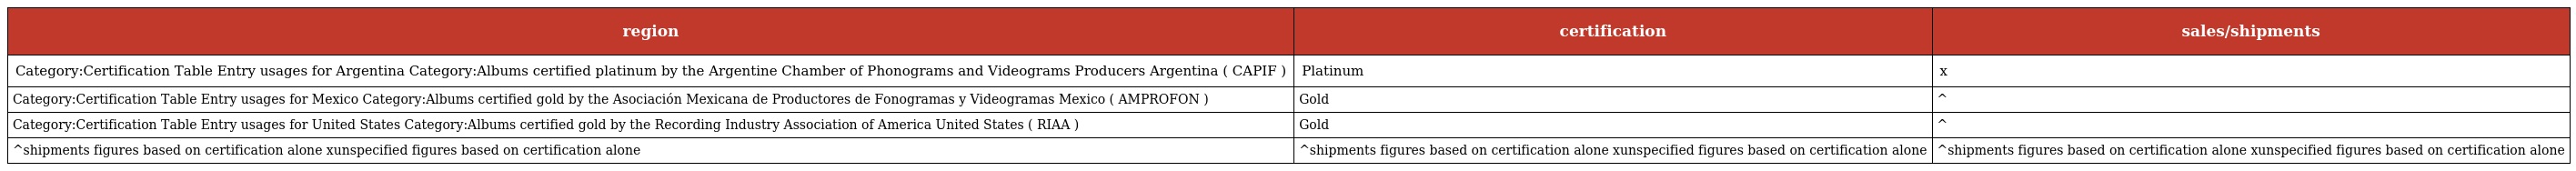
| region | certification | sales/shipments |
 | --- | --- | --- |
 | Category:Certification Table Entry usages for Argentina Category:Albums certified platinum by the Argentine Chamber of Phonograms and Videograms Producers Argentina ( CAPIF ) | Platinum | x |
 | Category:Certification Table Entry usages for Mexico Category:Albums certified gold by the Asociación Mexicana de Productores de Fonogramas y Videogramas Mexico ( AMPROFON ) | Gold | ^ |
 | Category:Certification Table Entry usages for United States Category:Albums certified gold by the Recording Industry Association of America United States ( RIAA ) | Gold | ^ |
 | ^shipments figures based on certification alone xunspecified figures based on certification alone | ^shipments figures based on certification alone xunspecified figures based on certification alone | ^shipments figures based on certification alone xunspecified figures based on certification alone |